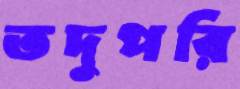
তদুপরি